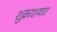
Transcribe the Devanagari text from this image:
शुक्राशयात